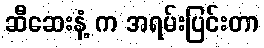
ဆီဆေးနံ့ က အရမ်းပြင်းတာ